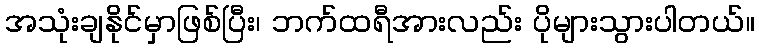
အသုံးချနိုင်မှာဖြစ်ပြီး၊ ဘက်ထရီအားလည်း ပိုများသွားပါတယ်။